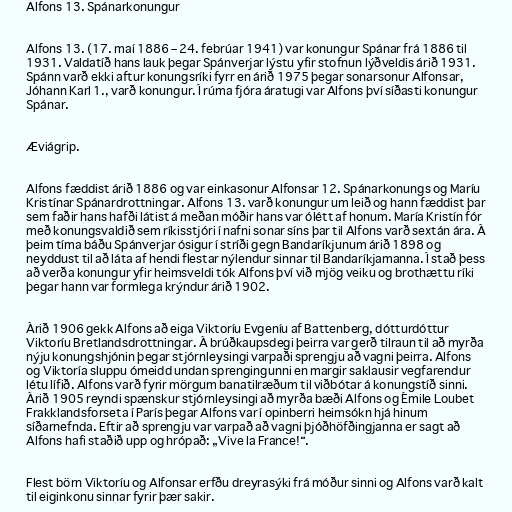
Alfons 13. Spánarkonungur

Alfons 13. (17. maí 1886 – 24. febrúar 1941) var konungur Spánar frá 1886 til
1931. Valdatíð hans lauk þegar Spánverjar lýstu yfir stofnun lýðveldis árið 1931.
Spánn varð ekki aftur konungsríki fyrr en árið 1975 þegar sonarsonur Alfonsar,
Jóhann Karl 1., varð konungur. Í rúma fjóra áratugi var Alfons því síðasti konungur
Spánar.

Æviágrip.

Alfons fæddist árið 1886 og var einkasonur Alfonsar 12. Spánarkonungs og Maríu
Kristínar Spánardrottningar. Alfons 13. varð konungur um leið og hann fæddist þar
sem faðir hans hafði látist á meðan móðir hans var ólétt af honum. María Kristín fór
með konungsvaldið sem ríkisstjóri í nafni sonar síns þar til Alfons varð sextán ára. Á
þeim tíma báðu Spánverjar ósigur í stríði gegn Bandaríkjunum árið 1898 og
neyddust til að láta af hendi flestar nýlendur sinnar til Bandaríkjamanna. Í stað þess
að verða konungur yfir heimsveldi tók Alfons því við mjög veiku og brothættu ríki
þegar hann var formlega krýndur árið 1902.

Árið 1906 gekk Alfons að eiga Viktoríu Evgeníu af Battenberg, dótturdóttur
Viktoríu Bretlandsdrottningar. Á brúðkaupsdegi þeirra var gerð tilraun til að myrða
nýju konungshjónin þegar stjórnleysingi varpaði sprengju að vagni þeirra. Alfons
og Viktoría sluppu ómeidd undan sprengingunni en margir saklausir vegfarendur
létu lífið. Alfons varð fyrir mörgum banatilræðum til viðbótar á konungstíð sinni.
Árið 1905 reyndi spænskur stjórnleysingi að myrða bæði Alfons og Émile Loubet
Frakklandsforseta í París þegar Alfons var í opinberri heimsókn hjá hinum
síðarnefnda. Eftir að sprengju var varpað að vagni þjóðhöfðingjanna er sagt að
Alfons hafi staðið upp og hrópað: „Vive la France!“.

Flest börn Viktoríu og Alfonsar erfðu dreyrasýki frá móður sinni og Alfons varð kalt
til eiginkonu sinnar fyrir þær sakir.